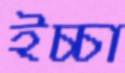
ইচ্চা